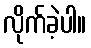
လိုက်ခဲ့ပါ။